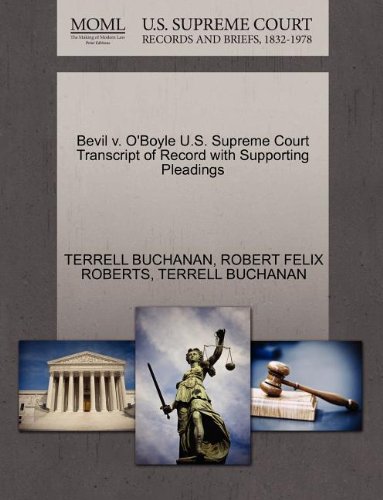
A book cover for Bevil v. O'Boyle U.S. Supreme Court Transcript of Record with Supporting Pleadings; TERRELL BUCHANAN; Law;